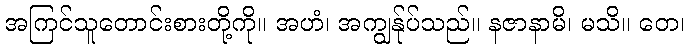
အကြင်သူတောင်းစားတို့ကို။ အဟံ၊ အကျွန်ုပ်သည်။ နဇာနာမိ၊ မသိ။ တေ၊